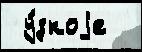
 у́зкоjе